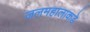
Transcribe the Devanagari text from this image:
जलमहालाकडे